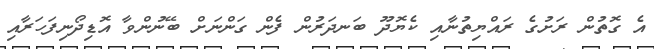
އެ ގޮތުން ރަށުގެ ރައްޔިތުނާއި ކެޔޮދޫ ބަނދަރުން ފެން ގަންނަށް ބޭނުންވާ އޮޑިދޯނިފަަހަރާއި